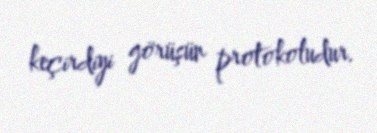
keçirdiyi görüşün protokoludur.